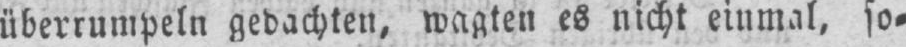
überrumpeln gedachten, wagten es nicht einmal, so⸗